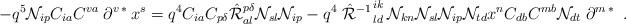
LaTeX: \begin{align*}-q^5{\cal N}_{ip}C_{ia}C^{va}\left.\partial^v\right.^*x^s=q^{4}C_{ia}C_{p\delta}\hat{\cal R}^{p\delta}_{al}{\cal N}_{sl}{\cal N}_{ip}-q^4\left.\hat{\cal R}^{-1}\right.^{ik}_{ld}{\cal N}_{kn}{\cal N}_{sl}{\cal N}_{ip}{\cal N}_{td}x^nC_{db}C^{mb}{\cal N}_{dt}\left.\partial^m\right.^*~.\end{align*}